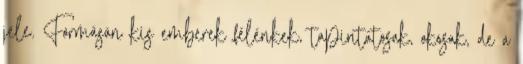
jele. Formásán kis emberek félénkek, tapintatosak, okosak, de a